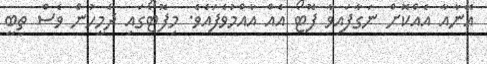
އޭނާއާ އެއްކޮށް ނަގާފައިވާ ފޮޓޯ އެއް އާއްމުވެފައެވެ. މިފޮޓޯގައި ދެމީހުން ވެސް ތިބީ